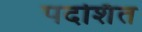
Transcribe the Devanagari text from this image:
पदर्शित